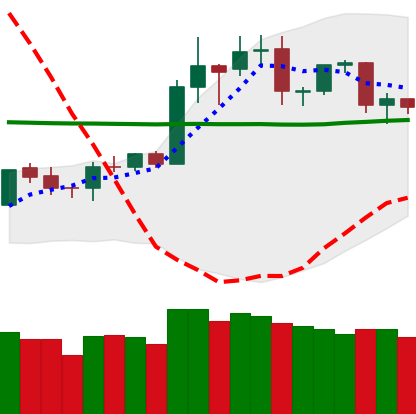
Ticker: TRX-USD
Chart end date: 2020-01-25
Forward return: 20.372%
Label: up_7plus